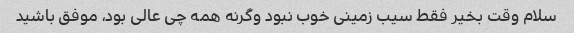
سلام وقت بخیر فقط سیب زمینی خوب نبود وگرنه همه چی عالی بود، موفق باشید